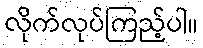
လိုက်လုပ်ကြည့်ပါ။